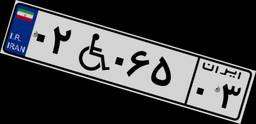
۰۲W۰۶۵۰۳